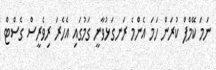
ނަމަ ކޭމްޕް ކުރަން ހަމަ އެންމެ ރަނގަޅުވާނީ ގަމުގައި އެހެރަ ރިވެރީސް ގެސްޓް